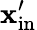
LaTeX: \mathbf{x}_{\mathrm{{in}}}^{\prime}